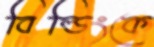
বিল্ডিংকে